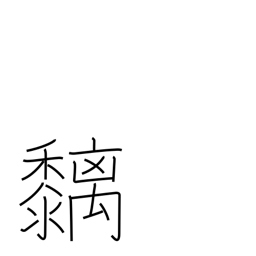
Meaning: bird-lime